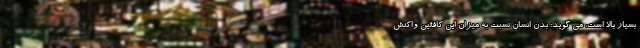
بسیار بالا است، می گوید: بدن انسان‌ نسبت به میزان این کافئین واکنش